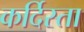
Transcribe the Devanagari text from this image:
कर्दिस्ता